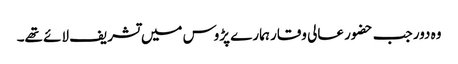
وہ دور جب حضور عالی وقار ہمارے پڑوس میں تشریف لائے تھے۔